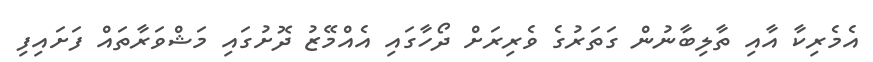
އެމެރިކާ އާއި ތާލިބާނުން ގަތަރުގެ ވެރިރަށް ދޯހާގައި އެއްމޭޒު ދޮށުގައި މަޝްވަރާތައް ފަށައިފި